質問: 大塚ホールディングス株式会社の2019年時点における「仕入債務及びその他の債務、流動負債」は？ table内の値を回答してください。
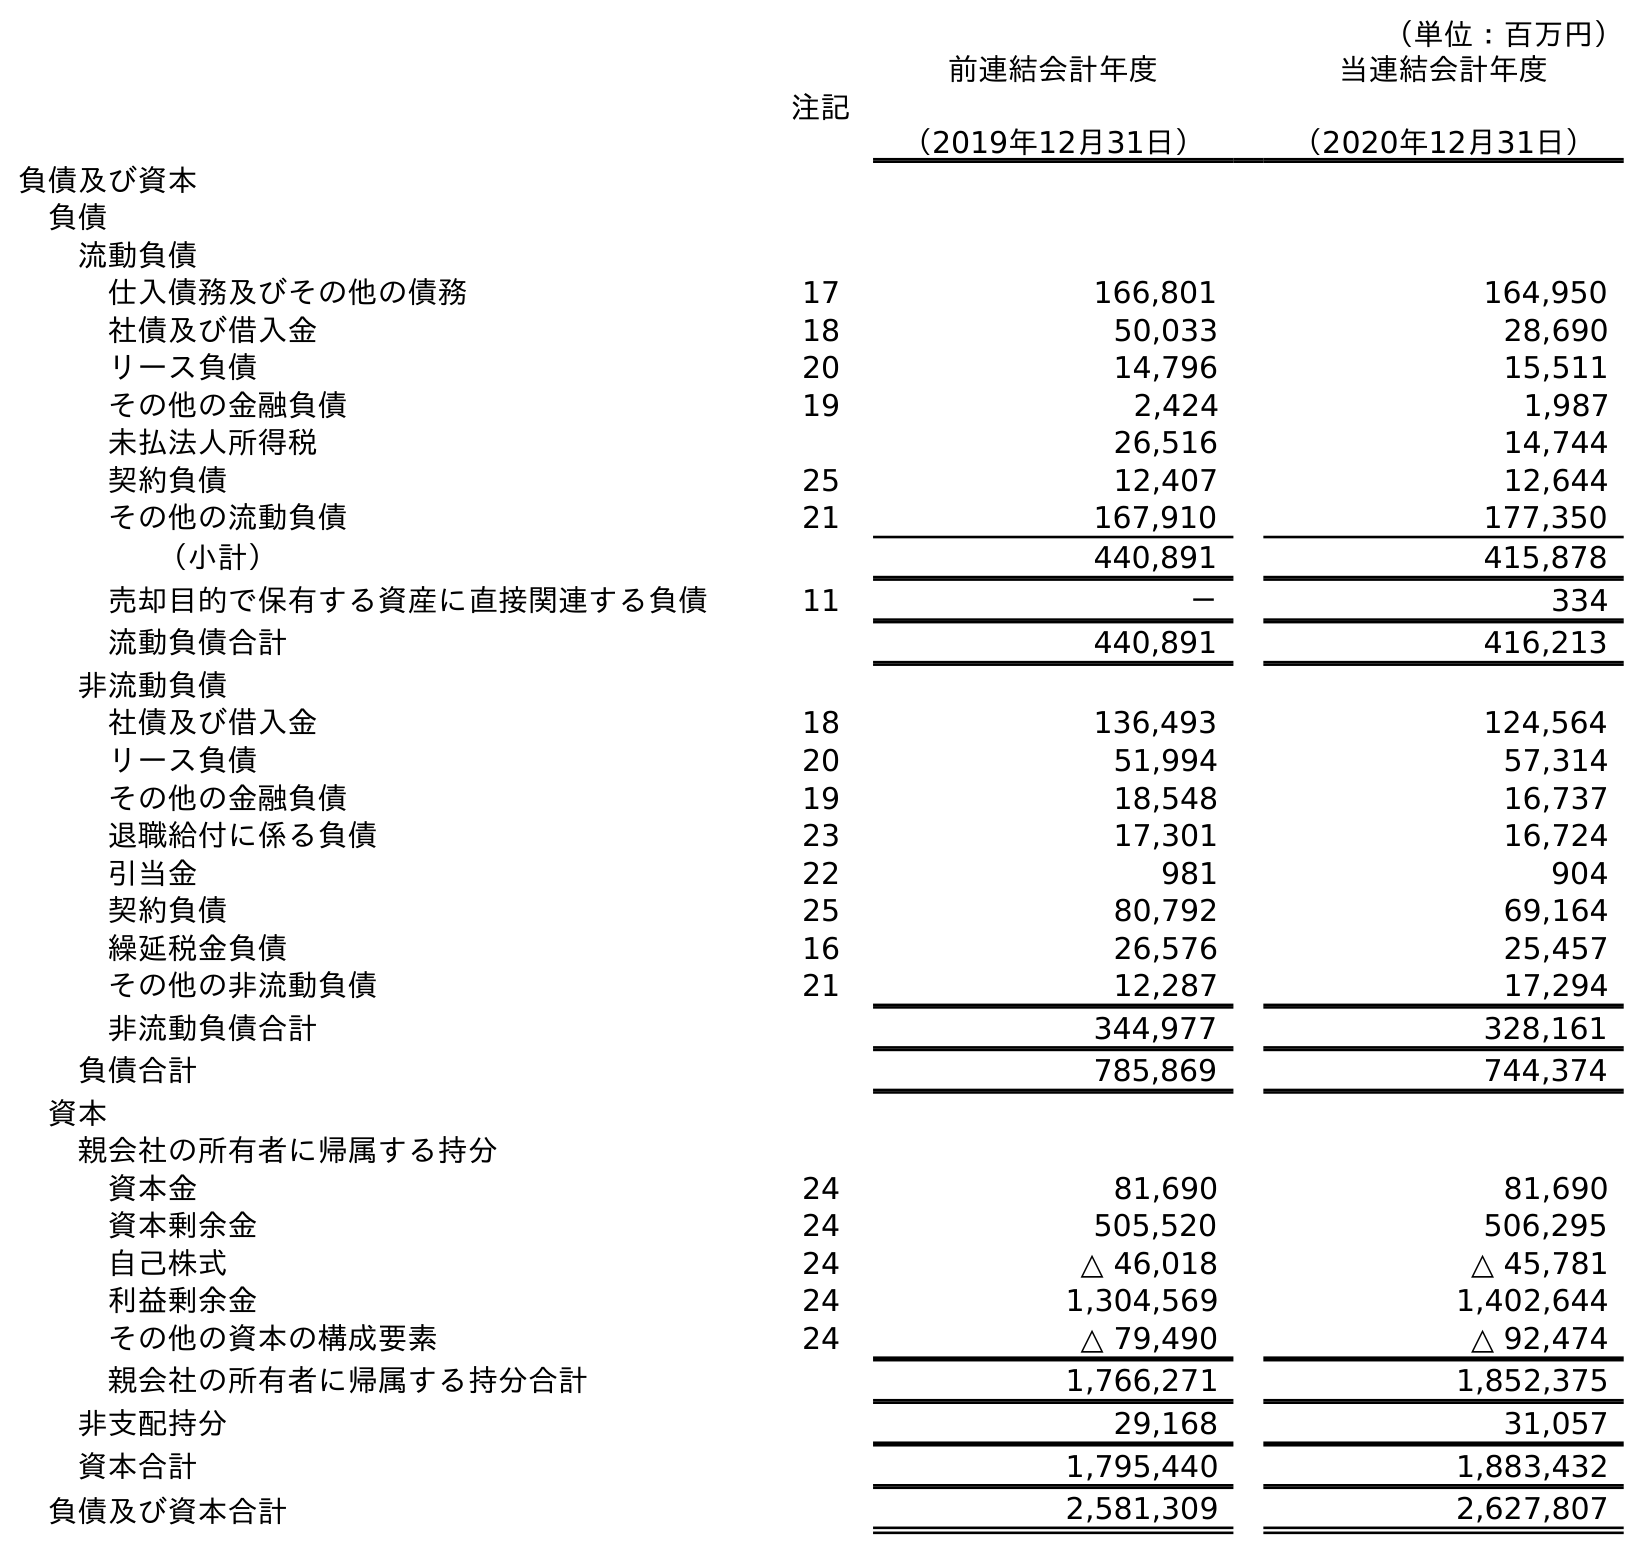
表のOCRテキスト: （単位：百万円） 注記 前連結会計年度 （2019年12月31日） 当連結会計年度 （2020年12月31日） 負債及び資本 負債 流動負債 仕入債務及びその他の債務 17 166,801 164,950 社債及び借入金 18 50,033 28,690 リース負債 20 14,796 15,511 その他の金融負債 19 2,424 1,987 未払法人所得税 26,516 14,744 契約負債 25 12,407 12,644 その他の流動負債 21 167,910 177,350 （小計） 440,891 415,878 売却目的で保有する資産に直接関連する負債 11 － 334 流動負債合計 440,891 416,213 非流動負債 社債及び借入金 18 136,493 124,564 リース負債 20 51,994 57,314 その他の金融負債 19 18,548 16,737 退職給付に係る負債 23 17,301 16,724 引当金 22 981 904 契約負債 25 80,792 69,164 繰延税金負債 16 26,576 25,457 その他の非流動負債 21 12,287 17,294 非流動負債合計 344,977 328,161 負債合計 785,869 744,374 資本 親会社の所有者に帰属する持分 資本金 24 81,690 81,690 資本剰余金 24 505,520 506,295 自己株式 24 △ 46,018 △ 45,781 利益剰余金 24 1,304,569 1,402,644 その他の資本の構成要素 24 △ 79,490 △ 92,474 親会社の所有者に帰属する持分合計 1,766,271 1,852,375 非支配持分 29,168 31,057 資本合計 1,795,440 1,883,432 負債及び資本合計 2,581,309 2,627,807
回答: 166,801